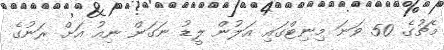
މެޗުގެ 50 ވަނަ މިނިޓްގައި އަލުން ލީޑު ނަގަން ނިއު އަށް ރަނުގެ